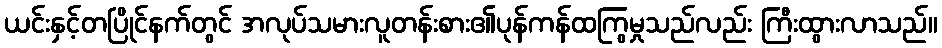
ယင်းနှင့်တပြိုင်နက်တွင် အလုပ်သမားလူတန်းစား၏ပုန်ကန်ထကြွမှုသည်လည်း ကြီးထွားလာသည်။